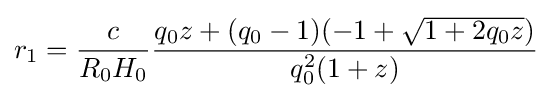
r_{1}={\frac {c}{R_{0}H_{0}}}{\frac {q_{0}z+(q_{0}-1)(-1+{\sqrt {1+2q_{0}z}})}{q_{0}^{2}(1+z)}}